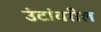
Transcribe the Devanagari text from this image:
उंटांवरील